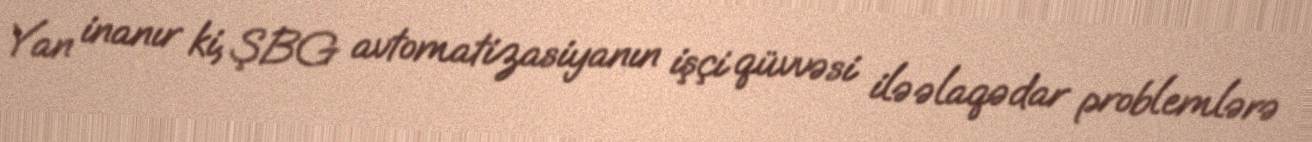
Yan inanır ki, ŞBG avtomatizasiyanın işçi qüvvəsi ilə əlaqədar problemlərə